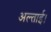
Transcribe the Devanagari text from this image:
अल्ताई।